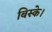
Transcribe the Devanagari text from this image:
बिस्के।